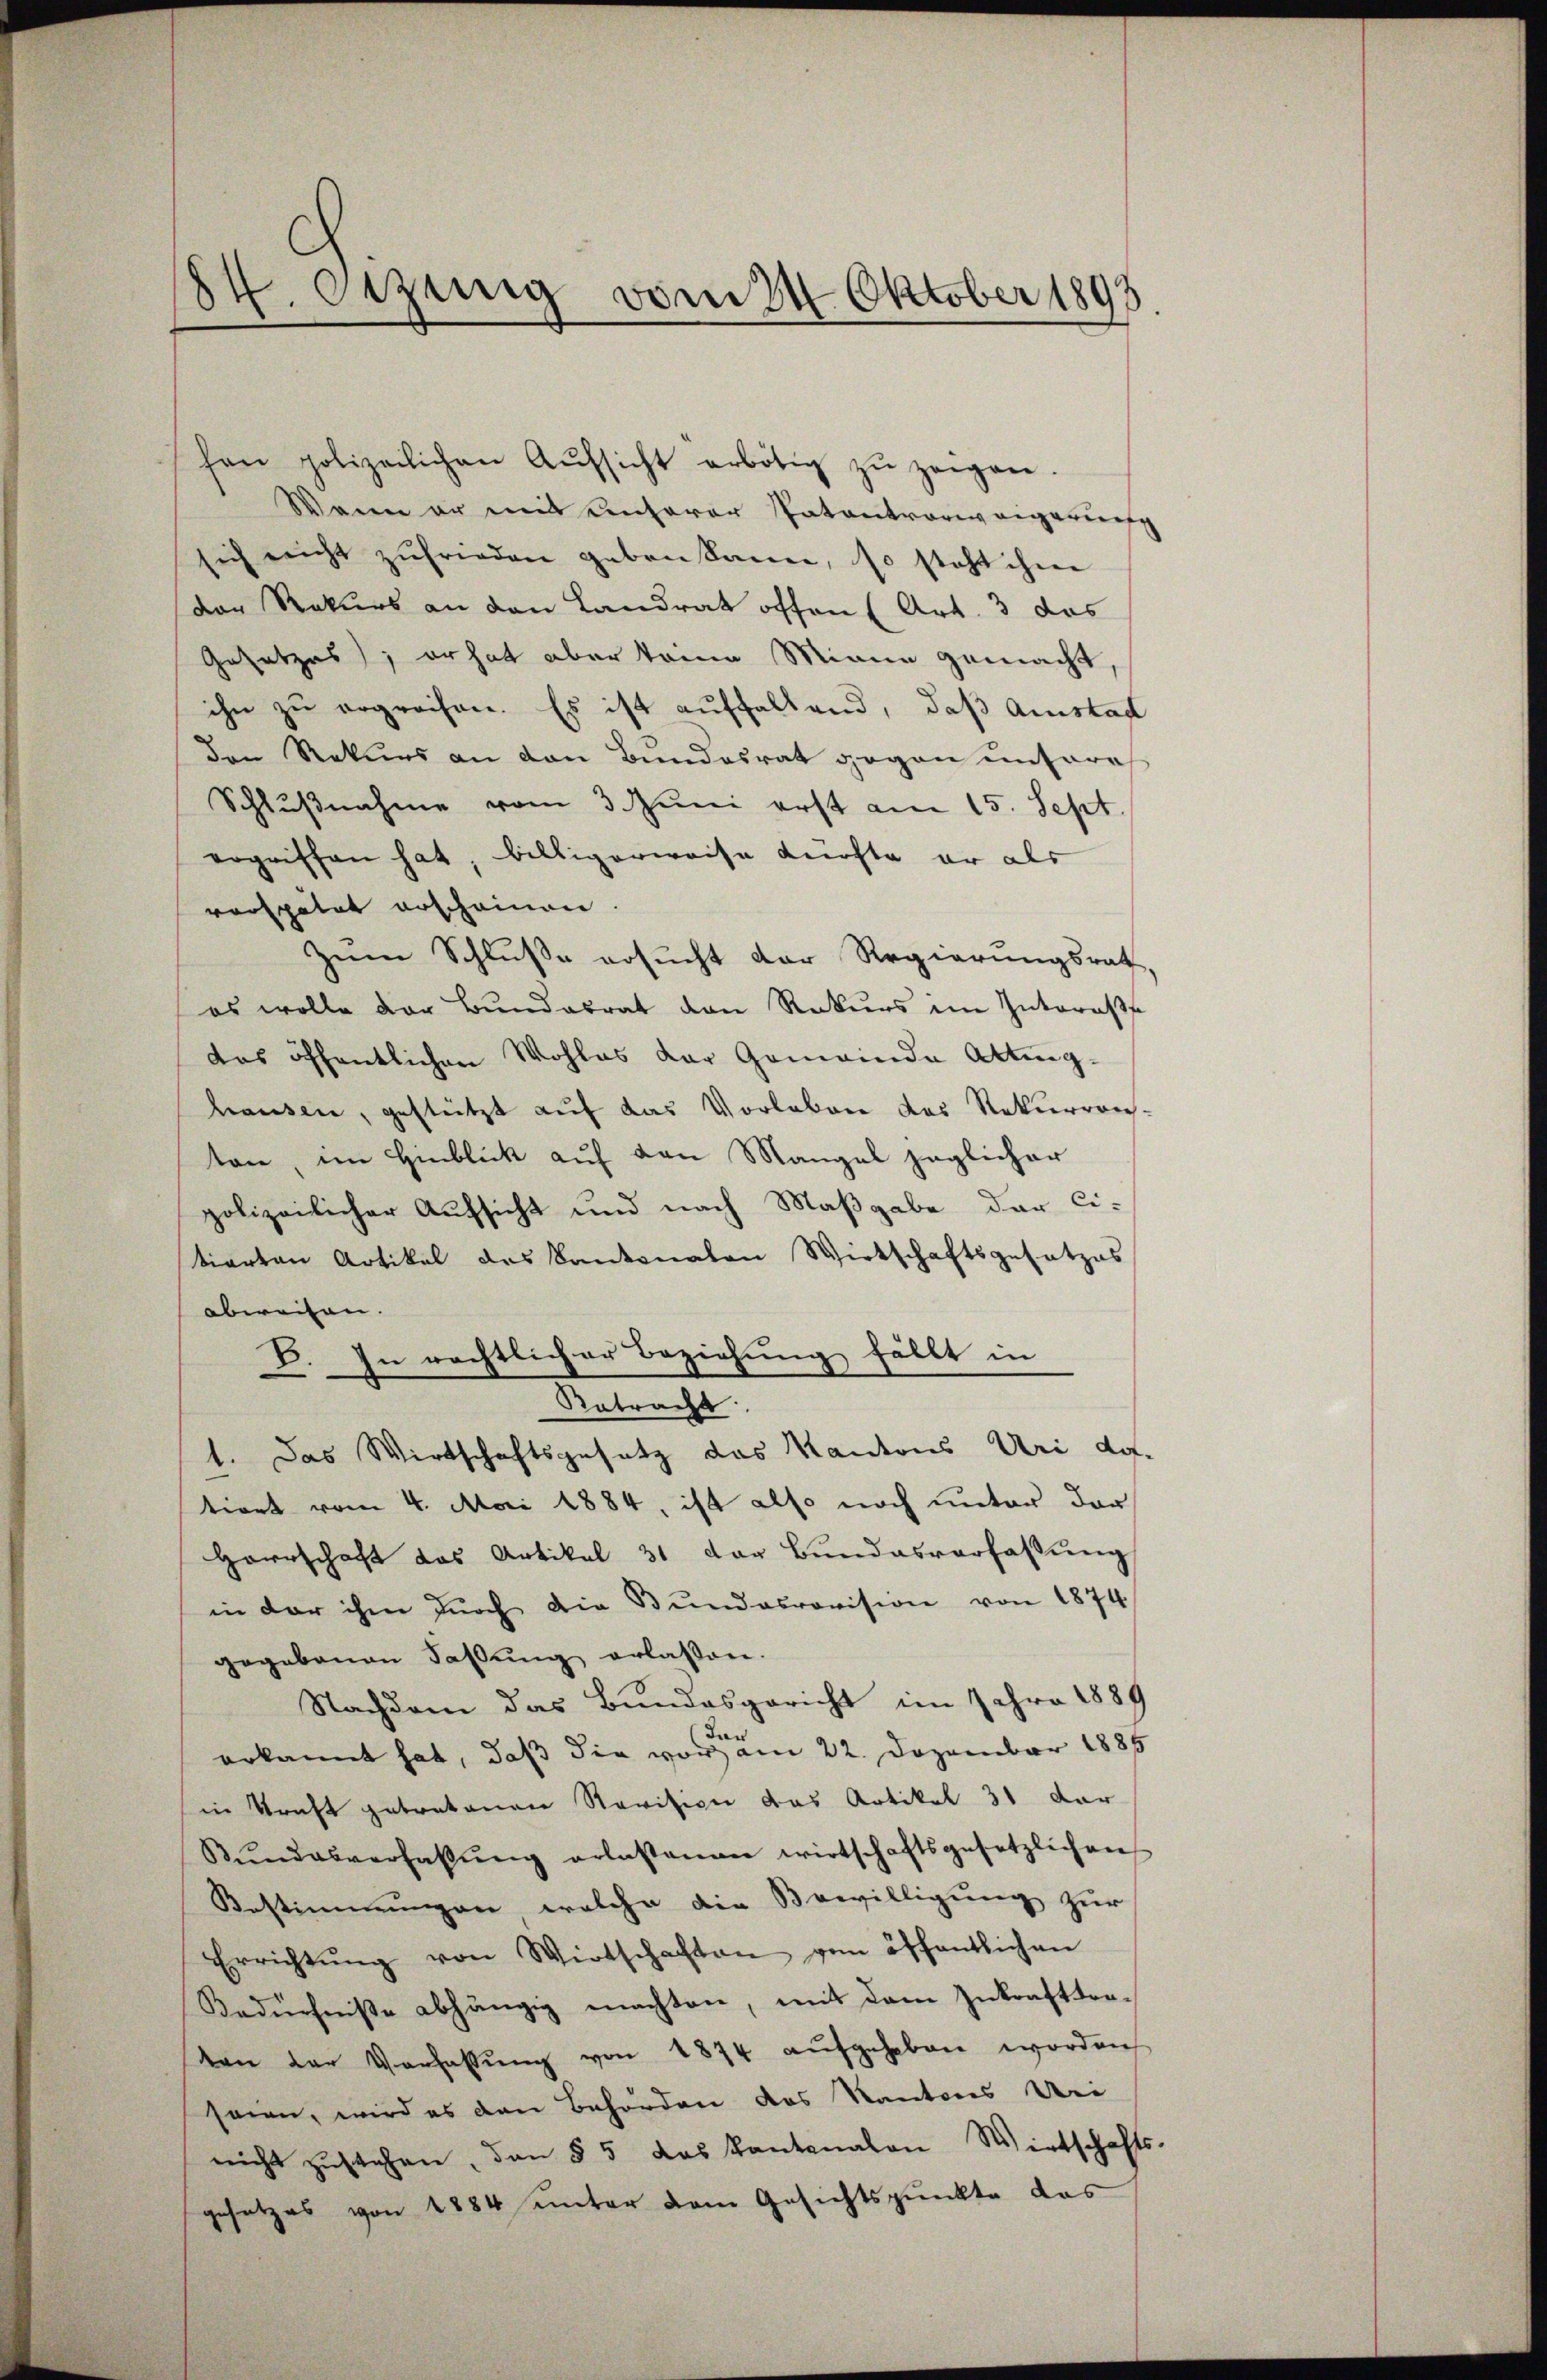
84. Dezung vom 24. Oktober 1893

hen polizeilichen Aŭfsicht erbötig zŭ zeigen.
Wenn er mit unserer Patentvoren eigerung
sich nicht zufrieden geben kann, so steht ihm
der Rekurs an den Landrat offen (Art. 3 das
Gesetzes; er hat aber keine Minia gemacht,
ihn zu ergreifen. Es ist auffallend, daß Amstag
den Rekurs an den Bundesrat gegen unsere
Schlŭβnahme vom 3. Juni erst am 15. Sept
ergriffen hat, billigerweise dürfte er als
verspätet erscheinen.
Zum Schluße ersucht der Regierungsrath,
es wolle der Bundesrat den Rekurs im Interess
das öffentlichen Wohles der Gemeinde Attinghausen, gestützt auf das Vorleben des Rekurren-
ton, im Hinblick auf den Mangel jeglicher
polizeilicher Aufsicht und nach Maßgabe der Citierten Artikel des Kantonalen Wirtschaftsgesetzes
abweisen.
V. In rechtlicher Beziehung fällt in
Retracht.
1. Das Wirtschaftsgesetz das Kantons Uri do
tient vom 4. Mai 1884, ist also noch unter der
Herrschaft das Artikel 31 der Bundesverfassung
in der ihm dŭrch die Bŭndesrevision von 1874
gegebenen Fassŭng erlassen.
Nachdem das Bundesgericht im Jahre 1889
das
erkannt hat, daß die vor am 22. Dezember 1885
in Kraft getretenen Revision das Artikel 31 dar
Bŭndesverfassŭng erlaßenan wirtschaftsgesetzlichen
Bestimmungen, welche die Bewilligung zur
Errichtŭng von Wirtschaften von öffentlichen
Bedürfniße abhängig machten, mit dem Inkrafttra-
ten der Verfassŭng von 1874 aufgehoben worden
seien, wird es den Behörden des Kantores Uri-
nicht zŭstehen, den § 5 das Kantonalen Wirtschafts-
gesetzes von 1884 unter dem Gesichtspunkte das